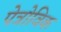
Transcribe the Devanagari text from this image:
पेत्रोविक